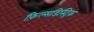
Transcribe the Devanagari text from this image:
फ़िल्मडिस्ट्रिक